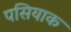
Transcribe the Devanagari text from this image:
पसियाक